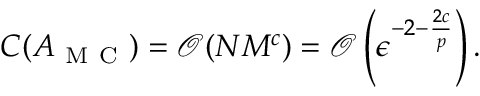
C ( A _ { \mathrm { ~ M ~ C ~ } } ) = \mathcal { O } ( N M ^ { c } ) = \mathcal { O } \left( \epsilon ^ { - 2 - \frac { 2 c } { p } } \right) .